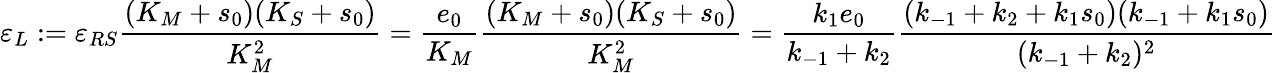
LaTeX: \varepsilon_{L}:=\varepsilon_{RS}\frac{(K_{M}+s_{0})(K_{S}+s_{0})}{K_{M}^{2}}=\frac{e_{0}}{K_{M}}\frac{(K_{M}+s_{0})(K_{S}+s_{0})}{K_{M}^{2}}=\frac{k_{1}e_{0}}{k_{-1}+k_{2}}\frac{(k_{-1}+k_{2}+k_{1}s_{0})(k_{-1}+k_{1}s_{0})}{(k_{-1}+k_{2})^{2}}